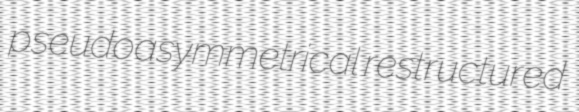
pseudoasymmetrical restructured